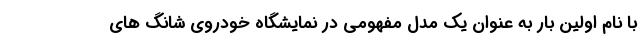
با نام اولین بار به عنوان یک مدل مفهومی در نمایشگاه خودروی شانگ های